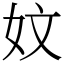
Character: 妏